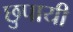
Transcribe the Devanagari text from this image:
छुपायी